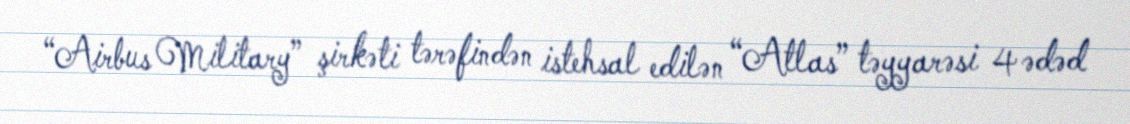
“Airbus Military” şirkəti tərəfindən istehsal edilən “Atlas” təyyarəsi 4 ədəd